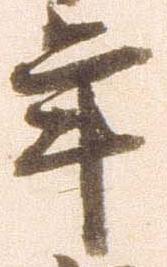
年